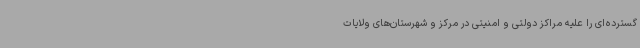
گسترده‌ای را علیه مراکز دولتی و امنیتی در مرکز و شهرستان‌های ولایات